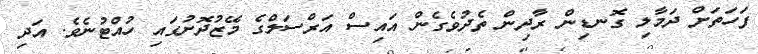
ފަހަތަށް ދަމާލި ގޮނޑިން ރާދިން ތެދުވެގެން އައިސް އަރްސަލްގެ މޭޒުދޮށުގައި ހުއްޓުނެވެ. އަދި